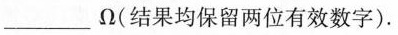
___ \Omega$$(结果均保留两位有效数字)。